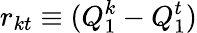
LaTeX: r_{kt}\equiv(Q_{1}^{k}-Q_{1}^{t})